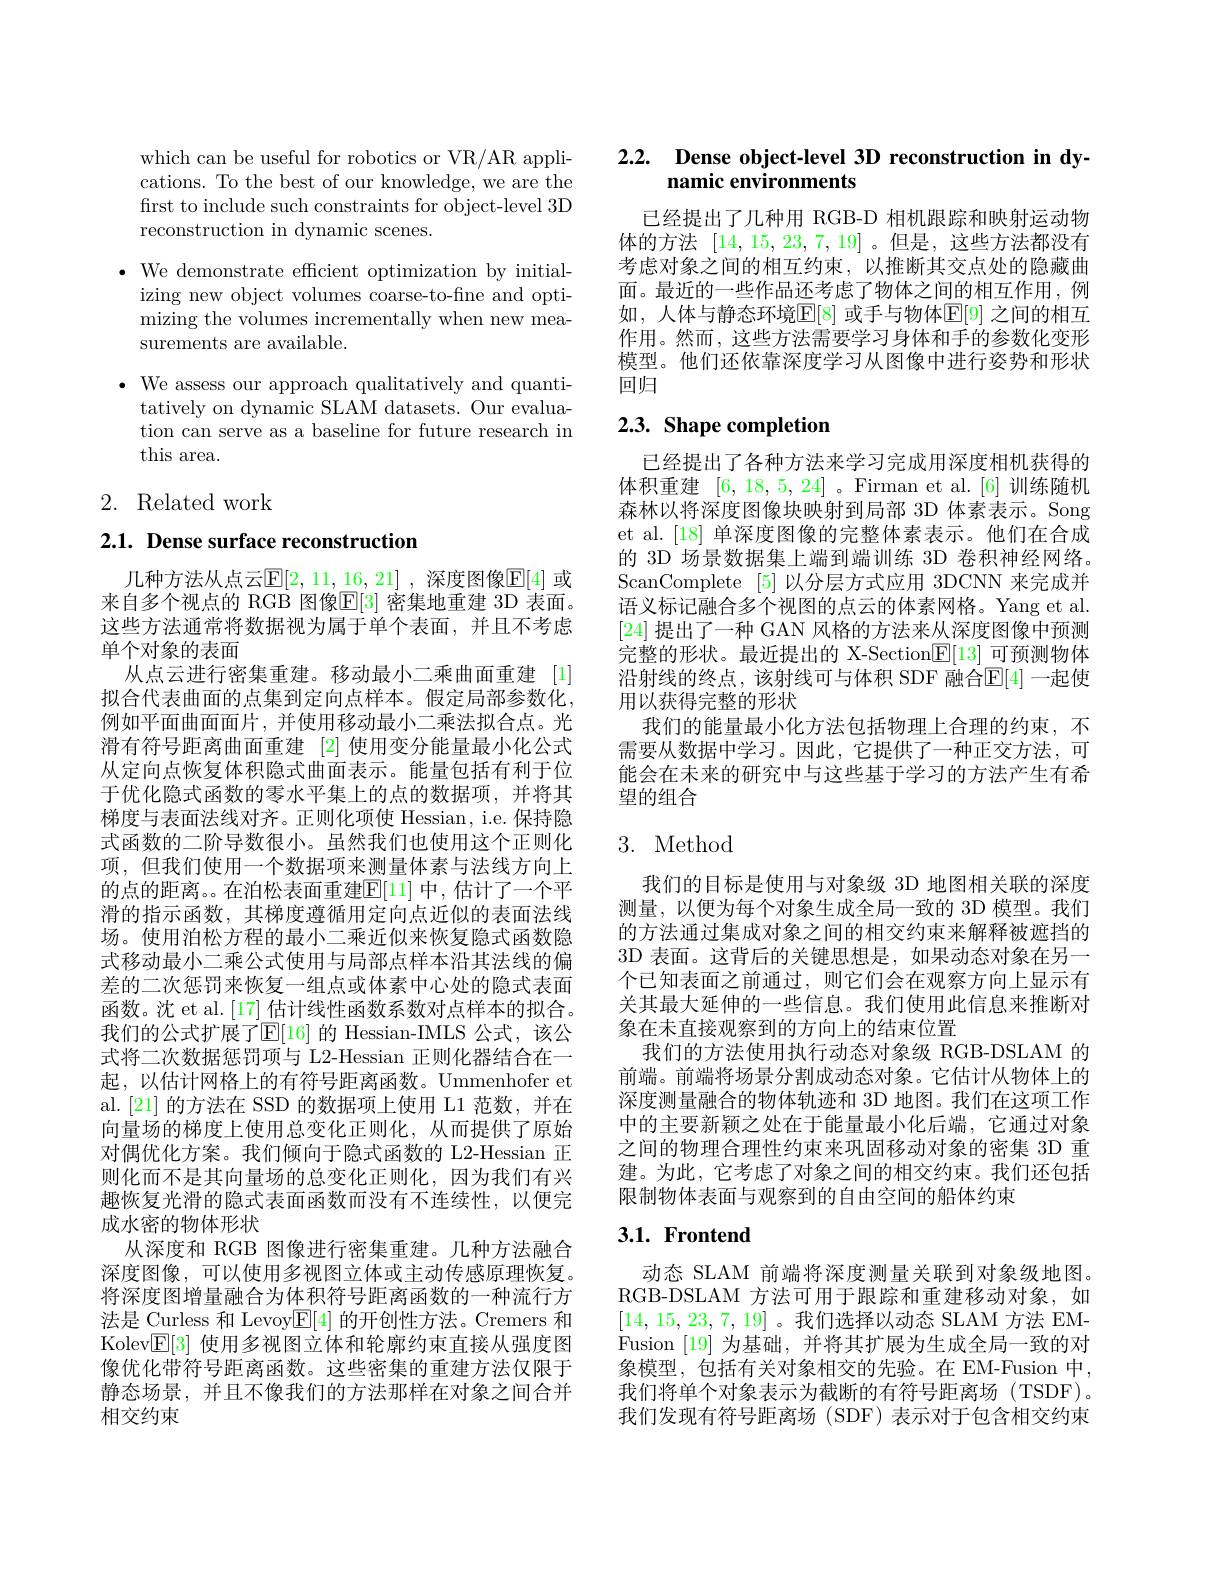
which can be useful for robotics or VR/AR applications. To the best of our knowledge, we are the first to include such constraints for object-level 3D reconstruction in dynamic scenes.

$\bullet$ We demonstrate efficient optimization by initial-
izing new object volumes coarse-to-fine and optimizing the volumes incrementally when new measurements are available.
$\bullet$ We assess our approach qualitatively and quanti-
tatively on dynamic SLAM datasets. Our evaluation can serve as a baseline for future research in this area.

# 2. Related work

2.1. Dense surface reconstruction

几种方法从点云$\mathbb{E}[2,11,16,21]$ ,深度图像$\mathbb{E}[4]$ 或来自多个视点的 RGB 图像$\mathbb{E}[3]$ 密集地重建 3D 表面。这些方法通常将数据视为属于单个表面，并且不考虑单个对象的表面
从点云进行密集重建。移动最小二乘曲面重建[1] 拟合代表曲面的点集到定向点样本。假定局部参数化， 例如平面曲面面片，并使用移动最小二乘法拟合点。光滑有符号距离曲面重建 [2] 使用变分能量最小化公式从定向点恢复体积隐式曲面表示。能量包括有利于位于优化隐式函数的零水平集上的点的数据项，并将其梯度与表面法线对齐。正则化项使 Hessian, i.e. 保持隐式函数的二阶导数很小。虽然我们也使用这个正则化项，但我们使用一个数据项来测量体素与法线方向上的点的距离。在泊松表面重建$\mathbb{E}[11]$ 中，估计了一个平滑的指示函数，其梯度遵循用定向点近似的表面法线场。使用泊松方程的最小二乘近似来恢复隐式函数隐式移动最小二乘公式使用与局部点样本沿其法线的偏差的二次惩罚来恢复一组点或体素中心处的隐式表面函数。沈 et al.[17] 估计线性函数系数对点样本的拟合。我们的公式扩展了$\mathbb{E}[16]$ 的 Hessian-IMLS 公式，该公式将二次数据惩罚项与 L2-Hessian 正则化器结合在一起，以估计网格上的有符号距离函数。Ummenhofer et al.[21]的方法在 SSD 的数据项上使用 L1 范数，并在向量场的梯度上使用总变化正则化，从而提供了原始对偶优化方案。我们倾向于隐式函数的 L2-Hessian 正则化而不是其向量场的总变化正则化，因为我们有兴趣恢复光滑的隐式表面函数而没有不连续性，以便完成水密的物体形状
从深度和 RGB 图像进行密集重建。几种方法融合深度图像，可以使用多视图立体或主动传感原理恢复。将深度图增量融合为体积符号距离函数的一种流行方法是 Curless 和 LevoyE[4]的开创性方法。Cremers 和Kolev$\mathbb{E}[3]$使用多视图立体和轮廓约束直接从强度图像优化带符号距离函数。这些密集的重建方法仅限于静态场景，并且不像我们的方法那样在对象之间合并相交约束

# 2.2. Dense object-level 3D reconstruction in dynamic environments

已经提出了几种用 RGB-D 相机跟踪和映射运动物体的方法[14,15,23,7,19] 。但是，这些方法都没有考虑对象之间的相互约束，以推断其交点处的隐藏曲面。最近的一些作品还考虑了物体之间的相互作用，例如，人体与静态环境$\mathbb{E}[8]$ 或手与物体$\mathbb{E}[9]$ 之间的相互作用。然而，这些方法需要学习身体和手的参数化变形模型。他们还依靠深度学习从图像中进行姿势和形状回归

## 2.3. Shape completion

已经提出了各种方法来学习完成用深度相机获得的体积重建[6,18,5,24] 。Firman et al.[6]训练随机森林以将深度图像块映射到局部 3D 体素表示。Song et al.[18] 单深度图像的完整体素表示。他们在合成的 3D 场景数据集上端到端训练 3D 卷积神经网络。ScanComplete [5]以分层方式应用 3DCNN 来完成并语义标记融合多个视图的点云的体素网格。Yang et al. [24]提出了一种 GAN 风格的方法来从深度图像中预测完整的形状。最近提出的 X-Section$\underline{\mathrm{E}}[13]$可预测物体沿射线的终点，该射线可与体积 SDF 融合$\mathbb{E}[4]$ 一起使用以获得完整的形状
我们的能量最小化方法包括物理上合理的约束，不需要从数据中学习。因此，它提供了一种正交方法，可能会在未来的研究中与这些基于学习的方法产生有希望的组合

# 3. Method

我们的目标是使用与对象级 3D 地图相关联的深度测量，以便为每个对象生成全局一致的 3D 模型。我们的方法通过集成对象之间的相交约束来解释被遮挡的3D 表面。这背后的关键思想是，如果动态对象在另一个已知表面之前通过，则它们会在观察方向上显示有关其最大延伸的一些信息。我们使用此信息来推断对象在末直接观察到的方向上的结束位置
我们的方法使用执行动态对象级 RGB-DSLAM 的前端。前端将场景分割成动态对象。它估计从物体上的深度测量融合的物体轨迹和 3D 地图。我们在这项工作中的主要新颖之处在于能量最小化后端，它通过对象之间的物理合理性约束来巩固移动对象的密集 3D 重建。为此，它考虑了对象之间的相交约束。我们还包括限制物体表面与观察到的自由空间的船体约束

## $3. 1. \textbf{Frontend}$

动态 SLAM 前端将深度测量关联到对象级地图。RGB-DSLAM 方法可用于跟踪和重建移动对象，如[14,15,23,7,19]。我们选择以动态 SLAM 方法 EMFusion [19] 为基础，并将其扩展为生成全局一致的对象模型，包括有关对象相交的先验。在 EM-Fusion 中， 我们将单个对象表示为截断的有符号距离场(TSDF)。我们发现有符号距离场 (SDF) 表示对于包含相交约束